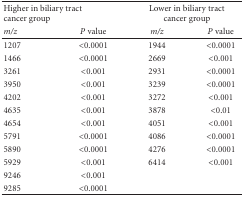
<table><thead><tr><td colspan="2"><b>Higher in biliary tract cancer group</b></td><td colspan="2"><b>Lower in biliary tract cancer group</b></td></tr><tr><td><b><i>m/z</i></b></td><td><b><i>P</i> value</b></td><td><b><i>m/z</i></b></td><td><b><i>P</i> value</b></td></tr></thead><tbody><tr><td>1207</td><td>&lt;0.0001</td><td>1944</td><td>&lt;0.0001</td></tr><tr><td>1466</td><td>&lt;0.0001</td><td>2669</td><td>&lt;0.001</td></tr><tr><td>3261</td><td>&lt;0.001</td><td>2931</td><td>&lt;0.0001</td></tr><tr><td>3950</td><td>&lt;0.001</td><td>3239</td><td>&lt;0.0001</td></tr><tr><td>4202</td><td>&lt;0.001</td><td>3272</td><td>&lt;0.001</td></tr><tr><td>4635</td><td>&lt;0.001</td><td>3878</td><td>&lt;0.01</td></tr><tr><td>4654</td><td>&lt;0.001</td><td>4051</td><td>&lt;0.001</td></tr><tr><td>5791</td><td>&lt;0.0001</td><td>4086</td><td>&lt;0.0001</td></tr><tr><td>5890</td><td>&lt;0.0001</td><td>4276</td><td>&lt;0.0001</td></tr><tr><td>5929</td><td>&lt;0.001</td><td>6414</td><td>&lt;0.001</td></tr><tr><td>9246</td><td>&lt;0.001</td></tr><tr><td>9285</td><td>&lt;0.0001</td></tr></tbody></table>